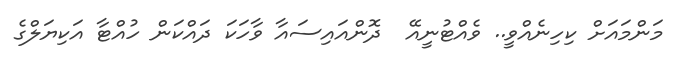
މަންމައަށް ކިހިނެއްވީ.. ވެއްޓުނީއޭ  ދޮންއައިސައާ ވާހަކަ ދައްކަން ހުއްޓާ އަކިޔަލްގެ